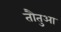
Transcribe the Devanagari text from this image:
तौतुआ